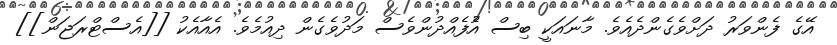
އޭގެ ފެންވަރު ދަށްވެގެންދެއެވެ. މާނައަކީ ބިސް އުެފެއްދުންވެސް މަދުވެގެން ދިއުމެވެ. އެއާއެކު [[އެސްޓްރަޖަން]]